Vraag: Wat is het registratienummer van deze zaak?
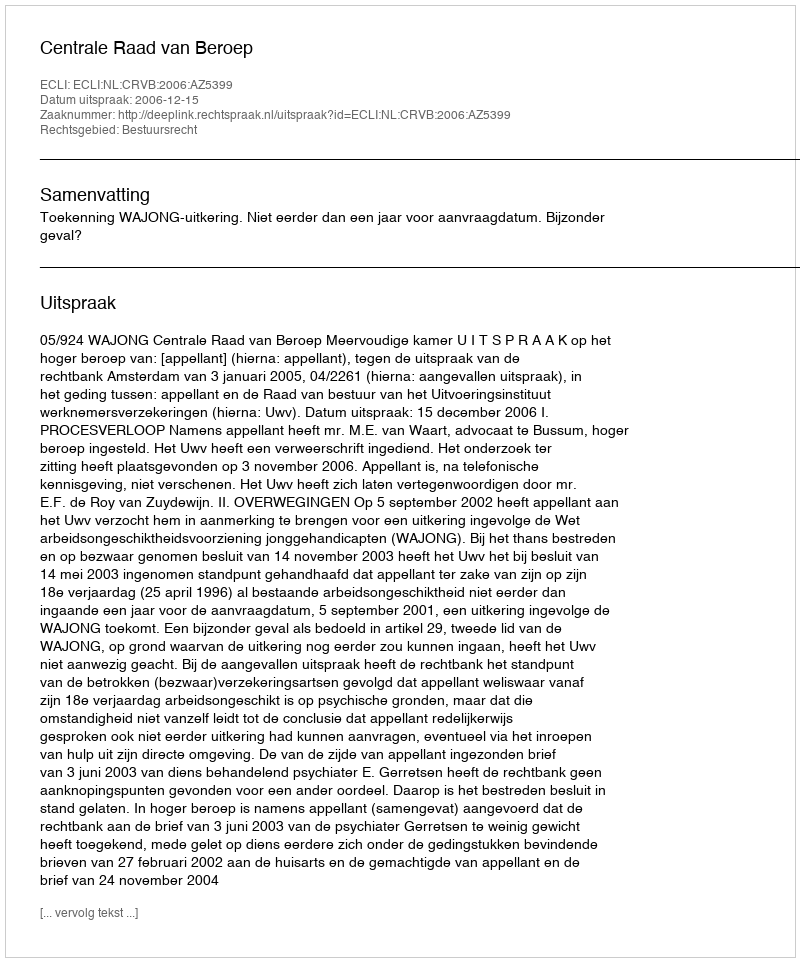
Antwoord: http://deeplink.rechtspraak.nl/uitspraak?id=ECLI:NL:CRVB:2006:AZ5399